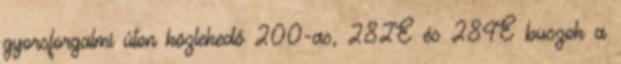
gyorsforgalmi úton közlekedő 200-as, 282E és 284E buszok a